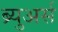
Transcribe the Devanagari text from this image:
ब्र्युअर्स